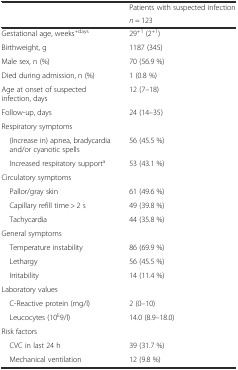
<table><thead><tr><td rowspan="2"></td><td><b>Patients with suspected infection</b></td></tr><tr><td><b><i>n</i> = 123</b></td></tr></thead><tbody><tr><td>Gestational age, weeks<sup>+days</sup></td><td>29<sup>+1</sup> (2<sup>+1</sup>)</td></tr><tr><td>Birthweight, g</td><td>1187 (345)</td></tr><tr><td>Male sex, n (%)</td><td>70 (56.9 %)</td></tr><tr><td>Died during admission, n (%)</td><td>1 (0.8 %)</td></tr><tr><td>Age at onset of suspected infection, days</td><td>12 (7–18)</td></tr><tr><td>Follow-up, days</td><td>24 (14–35)</td></tr><tr><td colspan="2">Respiratory symptoms</td></tr><tr><td> (Increase in) apnea, bradycardia and/or cyanotic spells</td><td>56 (45.5 %)</td></tr><tr><td> Increased respiratory support<sup>a</sup></td><td>53 (43.1 %)</td></tr><tr><td colspan="2">Circulatory symptoms</td></tr><tr><td> Pallor/gray skin</td><td>61 (49.6 %)</td></tr><tr><td> Capillary refill time &gt; 2 s</td><td>49 (39.8 %)</td></tr><tr><td> Tachycardia</td><td>44 (35.8 %)</td></tr><tr><td colspan="2">General symptoms</td></tr><tr><td> Temperature instability</td><td>86 (69.9 %)</td></tr><tr><td> Lethargy</td><td>56 (45.5 %)</td></tr><tr><td> Irritability</td><td>14 (11.4 %)</td></tr><tr><td colspan="2">Laboratory values</td></tr><tr><td> C-Reactive protein (mg/l)</td><td>2 (0–10)</td></tr><tr><td> Leucocytes (10<sup>E</sup>9/l)</td><td>14.0 (8.9–18.0)</td></tr><tr><td colspan="2">Risk factors</td></tr><tr><td> CVC in last 24 h</td><td>39 (31.7 %)</td></tr><tr><td> Mechanical ventilation</td><td>12 (9.8 %)</td></tr></tbody></table>